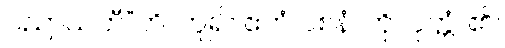
ပညာယတီ”တိ၊ ဟူ၍။ ဧတံ ဝစနံ၊ ကို။ ဝုတ္တံ၊ ၏။